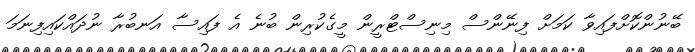
ބޭނުންކޮށްފައިވާ ކަމަށް ފިނޭންސް މިނިސްޓްރީން މީގެކުރިން ބުނެ އެ ފައިސާ އަނބުރާ ނުދައްކައިފިނަމަ